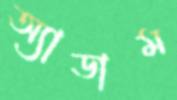
অ্যাডাম